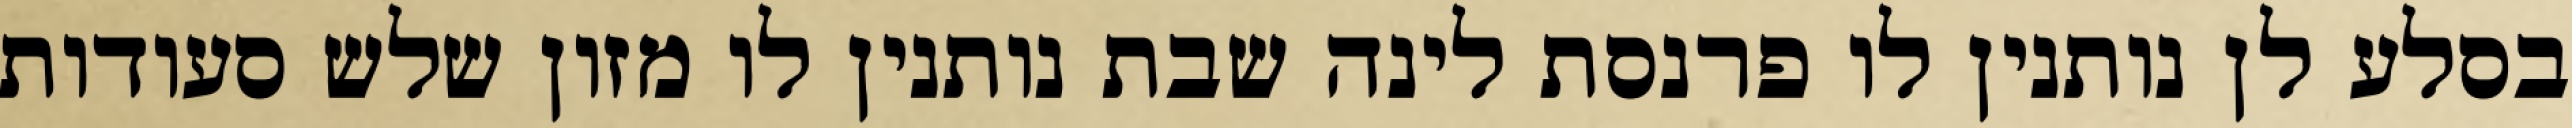
בסלע לן נותנין לו פרנסת לינה שבת נותנין לו מזון שלש סעודות